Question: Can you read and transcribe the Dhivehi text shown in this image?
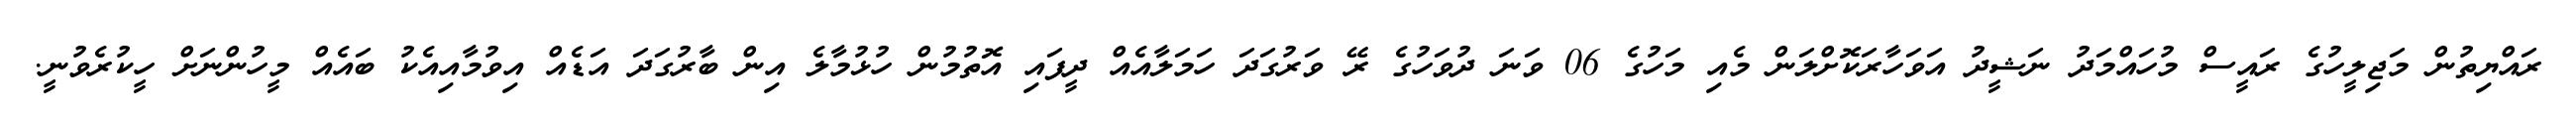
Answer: ރައްޔިތުން މަޖިލީހުގެ ރައީސް މުހައްމަދު ނަޝީދު އަވަހާރަކޮށްލަން މެއި މަހުގެ 06 ވަނަ ދުވަހުގެ ރޭ ވަރުގަދަ ހަމަލާއެއް ދީފައި އޮތުމުން ހުޅުމާލެ އިން ބާރުގަދަ އަޑެއް އިވުމާއިއެކު ބައެއް މީހުންނަށް ހީކުރެވުނީ.